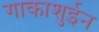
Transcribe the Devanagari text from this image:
गाकाशुईन